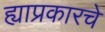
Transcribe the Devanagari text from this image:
ह्याप्रकारचे